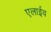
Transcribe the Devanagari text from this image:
एलाईव